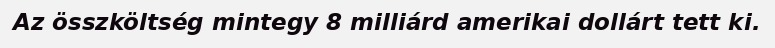
Az összköltség mintegy 8 milliárd amerikai dollárt tett ki.